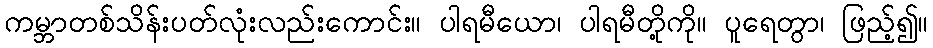
ကမ္ဘာတစ်သိန်းပတ်လုံးလည်းကောင်း။ ပါရမီယော၊ ပါရမီတို့ကို။ ပူရေတွာ၊ ဖြည့်၍။